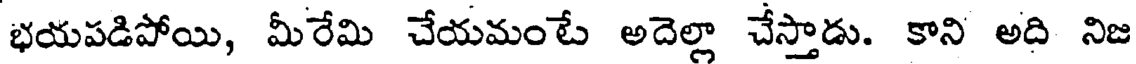
భయపడిపోయి, మీరేమి చేయమంటే అదెల్లా చేస్తాడు. కాని అది నిజ